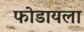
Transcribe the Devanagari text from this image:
फोडायला